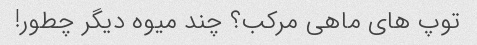
توپ های ماهی مرکب؟ چند میوه دیگر چطور!